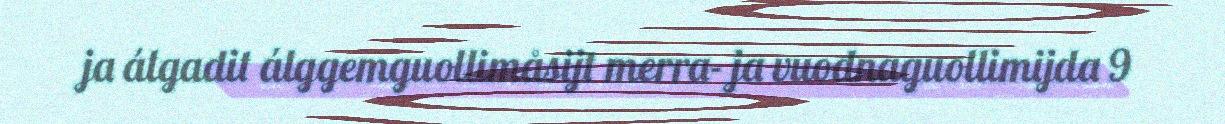
ja álgadit álggemguollimåsijt merra- ja vuodnaguollimijda 9